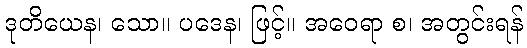
ဒုတိယေန၊ သော။ ပဒေန၊ ဖြင့်။ အဝေရာ စ၊ အတွင်းရန်